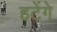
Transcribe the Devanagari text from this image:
हटेंगे